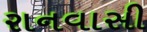
રાનવાસી